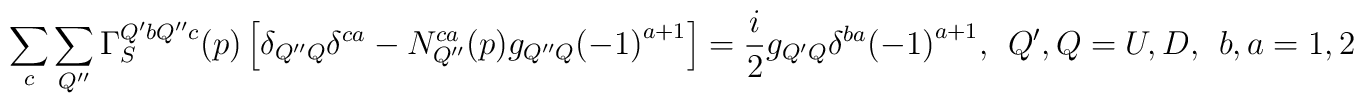
\sum_c\sum_{Q''}\Gamma_S^{Q'bQ''c}(p)\left[\delta_{Q''Q}\delta^{ca}-N_{Q''}^{ca}(p)g_{Q''Q}{(-1)}^{a+1}\right]=\frac{i}{2}g_{Q'Q}\delta^{ba}{(-1)}^{a+1},  \ \   Q',Q=U,D, \ \ b,a=1,2,